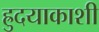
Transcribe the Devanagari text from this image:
ह्रुदयाकाशी